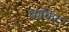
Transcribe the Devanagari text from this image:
वाफिद